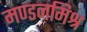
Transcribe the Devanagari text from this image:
मण्डनमिश्र